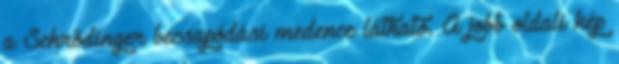
a Schrödinger becsapódási medence látható. A jobb oldali kép